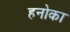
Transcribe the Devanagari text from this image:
हनोका